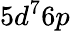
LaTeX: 5d^{7}6p